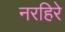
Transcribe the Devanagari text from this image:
नरहिरे